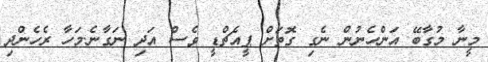
މީނާ މުގާބޭ އަންހެނުން ނެގި ގޮތަށް ޕީއެޗްޑީ ވެސް އަދި ނަގާނެ.މަހާ ރެހެންދި